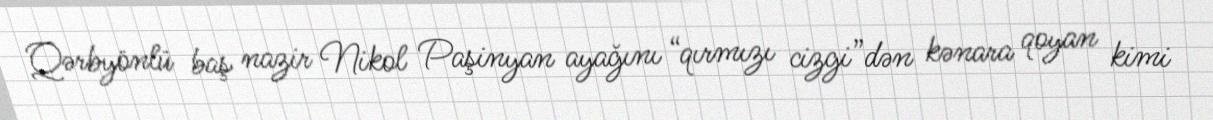
Qərbyönlü baş nazir Nikol Paşinyan ayağını “qırmızı cizgi”dən kənara qoyan kimi